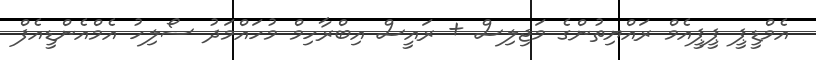
އެމްޑީޕީ ޕީޕީއެމް ރައްޔިތުންގެ މަޖިލިސް + ރައީސް އިބްރާހިމް މުހައްމަދު ސޯލިހު އެމްއެންޑީއެފް